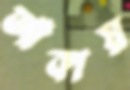
আঁকায়